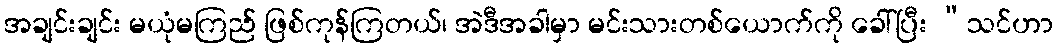
အချင်းချင်း မယုံမကြည် ဖြစ်ကုန်ကြတယ်၊ အဲဒီအခါမှာ မင်းသားတစ်ယောက်ကို ခေါ်ပြီး “သင်ဟာ